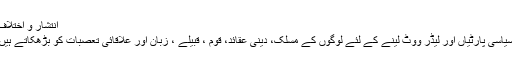
انتشار و اختلاف
سیاسی پارٹیاں اور لیڈر ووٹ لینے کے لئے لوگوں کے مسلک، دینی عقائد، قوم ، قبیلے ، زبان اور علاقائی تعصبات کو بڑھکاتے ہیں۔